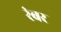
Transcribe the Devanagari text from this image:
रंबर